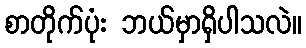
စာတိုက်ပုံး ဘယ်မှာရှိပါသလဲ။